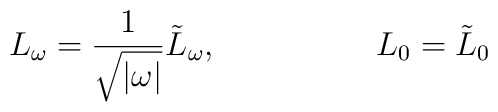
L_\omega = \frac{1}{\sqrt{|\omega|}} \tilde{L}_\omega , \hspace{20mm} L_0 = \tilde{L}_0